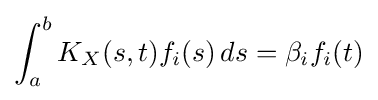
\int _{a}^{b}K_{X}(s,t)f_{i}(s)\,ds=\beta _{i}f_{i}(t)